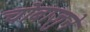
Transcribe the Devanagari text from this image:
चाेबाजुने